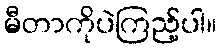
မီတာကိုပဲကြည့်ပါ။